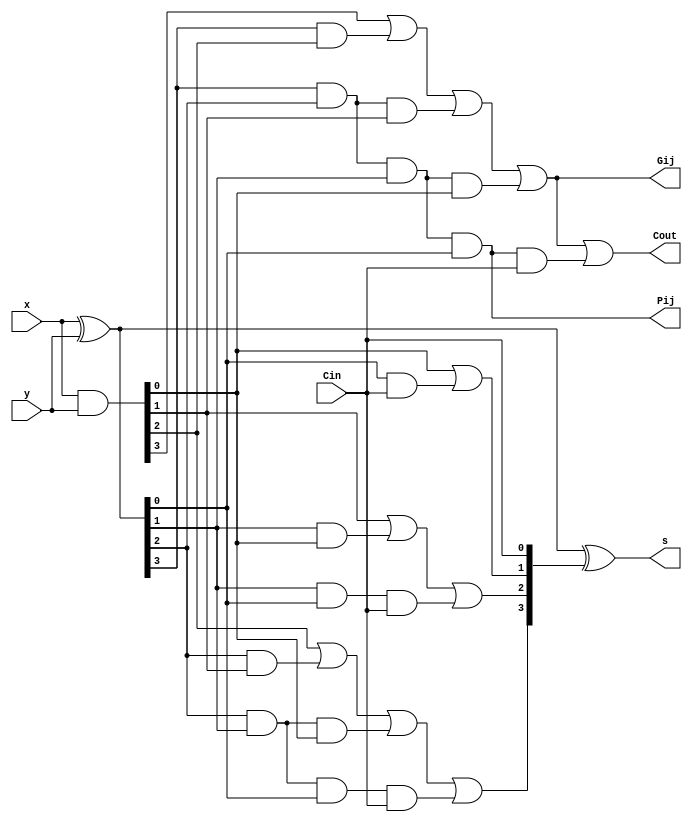
/*
#################################################################################################
#################################################################################################
                                Hernandez Mariana
                                LU: 114956
#################################################################################################
#################################################################################################                                
*/


module CLAA_1( x,y,Cin,s,Cout,Gij, Pij);
    input [3:0] x;
    input [3:0] y;
    input Cin;
    output Cout;
    output  Gij,Pij;
    output [3:0] s;

    wire [3:0] G,P,C;
 
    assign G = x & y; //Generado
    assign P = x ^ y; //Propagado
    assign C[0] = Cin;
    assign C[1] = G[0] | (P[0] & C[0]);
    assign C[2] = G[1] | (P[1] & G[0]) | (P[1] & P[0] & C[0]);
    assign C[3] = G[2] | (P[2] & G[1]) | (P[2] & P[1] & G[0]) |   (P[2] & P[1] & P[0] & C[0]);
    assign Cout = G[3] | (P[3] & G[2]) | (P[3] & P[2] & G[1]) | (P[3] & P[2] & P[1] & G[0]) |(P[3] & P[2] & P[1] & P[0] & C[0]);
    assign s = P ^ C;
    
    assign Pij = P[3] & P[2] & P[1] & P[0];
    assign Gij = G[3] | (P[3] & G[2]) | (P[3] & P[2] & G[1]) | (P[3] & P[2] & P[1] & G[0]);
endmodule




// Tester ctedra
module tester(s, cout, Gij, Pij, x, y, cin);
    input [3:0]s;
    input cout, Gij, Pij;
    output [3:0]x;
    output [3:0]y;
    output cin;
    reg [3:0]x;
    reg [3:0]y;
    reg cin;
    integer i,j;

    initial
    begin
        $dumpfile("claa_1.vcd");
        $dumpvars;

        cin = 0;
        for(i = 0; i < 16; i = i + 1) begin
            for(j = 0; j < 16; j = j + 1) begin
                x = i;
                y = j;
                #10;
            end  
        end

        cin = 1; 
        for(i = 0; i < 16; i = i + 1) begin
            for(j = 0; j < 16; j = j + 1) begin
                x = i;
                y = j;
                #10;
            end  
        end 

        #10 $finish;
    end

endmodule

module testbench;
    wire [3:0]x; 
    wire [3:0]y; 
    wire [3:0]s;
    wire cin, cout, Gij, Pij;
    CLAA_1 claa(x, y, cin, s, cout, Gij, Pij);
    tester t(s, cout, Gij, Pij, x, y, cin);
endmodule